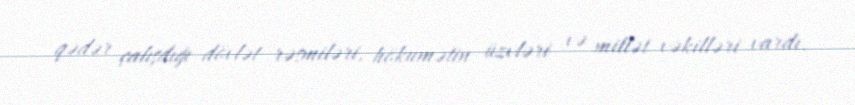
qədər çalışdığı dövlət rəsmiləri, hökumətin üzvləri və millət vəkilləri vardı.